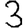
Digit: 3